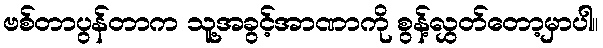
ဗစ်တာပွန်တာက သူ့အခွင့်အာဏာကို စွန့်လွှတ်တော့မှာပါ။